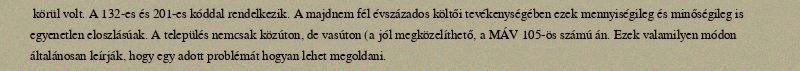
körül volt. A 132-es és 201-es kóddal rendelkezik. A majdnem fél évszázados költői tevékenységében ezek mennyiségileg és minőségileg is egyenetlen eloszlásúak. A település nemcsak közúton, de vasúton (a jól megközelíthető, a MÁV 105-ös számú án. Ezek valamilyen módon általánosan leírják, hogy egy adott problémát hogyan lehet megoldani.